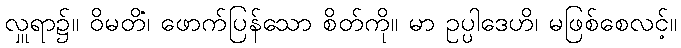
လှူရာ၌။ ဝိမတိံ၊ ဖောက်ပြန်သော စိတ်ကို။ မာ ဥပ္ပါဒေဟိ၊ မဖြစ်စေလင့်။